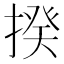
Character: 揆